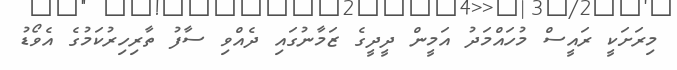
މިރަށަކީ ރައީސް މުހައްމަދު އަމީން ދީދީގެ ޒަމާނުގައި ދެއްވި ސާފު ތާރިހިރުކަމުގެ އެވޯޑު